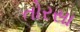
તોરસા